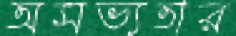
অসভ্যতার